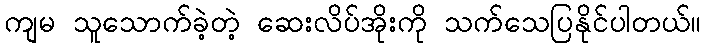
ကျမ သူသောက်ခဲ့တဲ့ ဆေးလိပ်အိုးကို သက်သေပြနိုင်ပါတယ်။